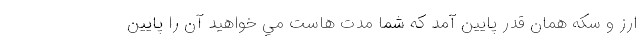
ارز و سكه همان قدر پايين آمد كه شما مدت هاست مي خواهيد آن را پايين